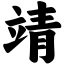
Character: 靖